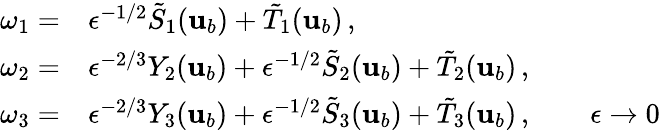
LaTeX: \begin{array}{rl}{\omega_{1}=}&{{}\epsilon^{-1/2}\tilde{S}_{1}({\mathbf{u}}_{b})+\tilde{T}_{1}({\mathbf{u}}_{b})\, ,}\\ {\omega_{2}=}&{{}\epsilon^{-2/3}Y_{2}({\mathbf{u}}_{b})+\epsilon^{-1/2}\tilde{S}_{2}({\mathbf{u}}_{b})+\tilde{T}_{2}({\mathbf{u}}_{b})\, ,}\\ {\omega_{3}=}&{{}\epsilon^{-2/3}Y_{3}({\mathbf{u}}_{b})+\epsilon^{-1/2}\tilde{S}_{3}({\mathbf{u}}_{b})+\tilde{T}_{3}({\mathbf{u}}_{b})\, ,\qquad\epsilon\to 0}\end{array}